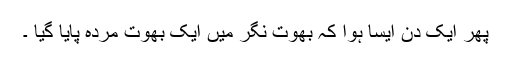
پھر ایک دن ایسا ہوا کہ بھوت نگر میں ایک بھوت مردہ پایا گیا ۔